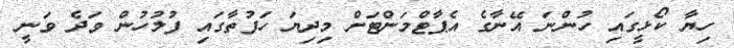
ހިޔާ ކޯޅީގައި ހުންނަ އޭނާގެ އެޕާޓްމަންޓަށް މިދިޔަ ހަފުތާގައި ފުލުހުން ވަދެ ވަނީ